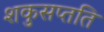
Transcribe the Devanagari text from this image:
शकुसप्तति